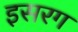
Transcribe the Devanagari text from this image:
इसरग